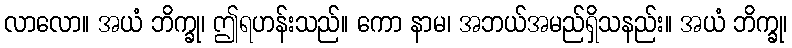
လာလော။ အယံ ဘိက္ခု၊ ဤရဟန်းသည်။ ကော နာမ၊ အဘယ်အမည်ရှိသနည်း။ အယံ ဘိက္ခု၊